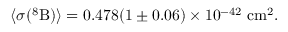
\langle \sigma ( ^ { 8 } \mathrm { B } ) \rangle = 0 . 4 7 8 ( 1 \pm 0 . 0 6 ) \times 1 0 ^ { - 4 2 } ~ \mathrm { c m ^ { 2 } } .